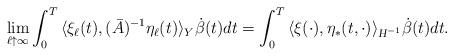
LaTeX: \begin{align*}\underset{\ell \uparrow \infty}{\lim} \int_0^T{\langle \xi_{\ell}(t), (\bar{A})^{-1}\eta_{\ell}(t)\rangle_Y \dot{\beta}(t)dt} = \int_0^T{\langle \xi(\cdot), \eta_*(t, \cdot)\rangle_{\textsl{H}^{-1}} \dot{\beta}(t)dt}.\end{align*}